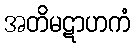
အတိမဋာဟကံ